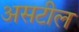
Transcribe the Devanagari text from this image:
असटील